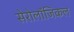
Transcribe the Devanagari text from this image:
सेरोलॉजिकल